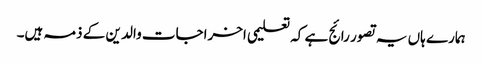
ہمارے ہاں یہ تصور رائج ہے کہ تعلیمی اخراجات والد ین کے ذمہ ہیں۔